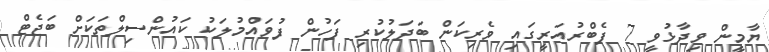
ޔާމީން ވިދާޅުވީ 7 ފެބްރުއަރީގައި ވެރިކަން ބަދަލުކުރި ފަހުން ފުވައްމުލަކު ކައުންސިލްތަކަށް ބަޖެޓް